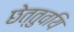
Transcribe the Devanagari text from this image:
छेत्तुवयि